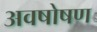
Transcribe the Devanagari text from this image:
अवषोषण